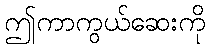
ဤကာကွယ်ဆေးကို